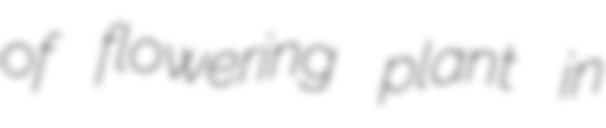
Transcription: of flowering plant in